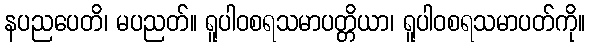
နပညပေတိ၊ မပညတ်။ ရူပါဝစရသမာပတ္တိယာ၊ ရူပါဝစရသမာပတ်ကို။